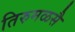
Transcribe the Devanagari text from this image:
तिरुमळसै